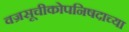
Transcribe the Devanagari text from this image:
वज्रसूचीकोपनिषदाच्या